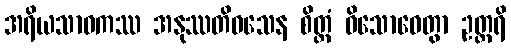
အရိယသာဝကဿ အနုဿတိဝသေန စိတ္တံ ဝိသောဓေတွာ ဥတ္တရိ